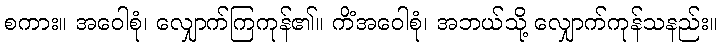
စကား။ အဝေါစုံ၊ လျှောက်ကြကုန်၏။ ကိံအဝေါစုံ၊ အဘယ်သို့ လျှောက်ကုန်သနည်း။